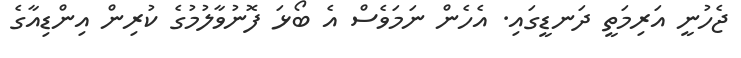
ޖެހުނީ އަރިމަތީ ދަނޑީގައި. އެހެން ނަމަވެސް އެ ބޯޅަ ފޮނުވާލުމުގެ ކުރިން އިންޑިއާގެ